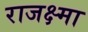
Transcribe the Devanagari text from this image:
राजक्ष्मा